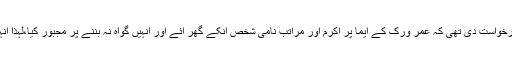
گزشتہ روز گواہ عبد القیوم نے انسداد دہشتگردی عدالت میں درخواست دی تھی کہ عمر ورک کے ایما پر اکرم اور مراتب نامی شخص انکے گھر آئے اور انہیں گواہ نہ بننے پر مجبور کیا،لہذا انہیں ہراساں کرنے سے روکا جائے اور مجھے تحفظ دیاجائے۔